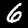
Digit: 6